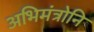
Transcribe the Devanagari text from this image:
अभिमंत्रोनि